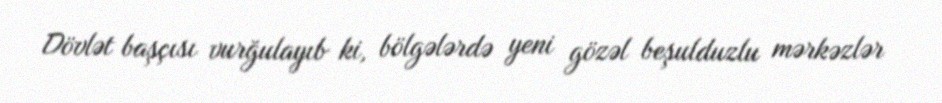
Dövlət başçısı vurğulayıb ki, bölgələrdə yeni gözəl beşulduzlu mərkəzlər